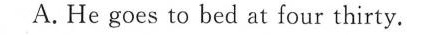
A.He goes to bed at four thirty.